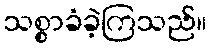
သစ္စာခံခဲ့ကြသည်။